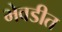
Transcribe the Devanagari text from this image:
भेवडीत